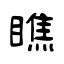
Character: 瞧